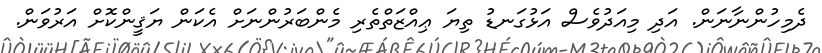
ދެމިހުންނާނަން. އަދި މިއަދުވެސް އަޅުގަނޑު ތިޔަ ޢިއްޒަތްތެރި މެންބަރުންނަށް އެކަން ޔަޤީންކޮށް އަރުވަން.